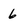
Character: 6